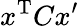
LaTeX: x^{\mathrm{T}}Cx^{\prime}